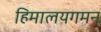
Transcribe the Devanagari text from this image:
हिमालयगमन